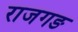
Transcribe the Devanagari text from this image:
राजगङ